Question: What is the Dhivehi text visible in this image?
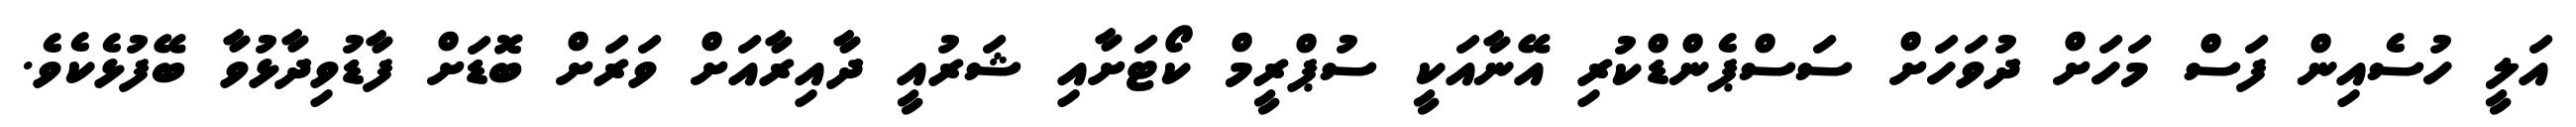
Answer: އަލީ ހުސެއިން ފަސް މަހަށް ދުވަހަށް ސަސްޕެންޑްކުރި އޭނާއަކީ ސުޕްރީމް ކޯޓަށާއި ޝަރުއީ ދާއިރާއަށް ވަރަށް ބޮޑަށް ފާޑުވިދާޅުވާ ބޭފުޅެކެވެ.